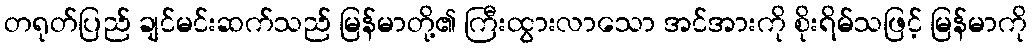
တရုတ်ပြည် ချင်မင်းဆက်သည် မြန်မာတို့၏ ကြီးထွားလာသော အင်အားကို စိုးရိမ်သဖြင့် မြန်မာကို